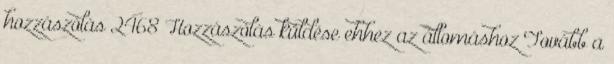
hozzászólás 2468 Hozzászólás küldése ehhez az állomáshoz Tovább a